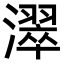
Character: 濢